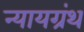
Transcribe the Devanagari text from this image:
न्यायग्रंथ